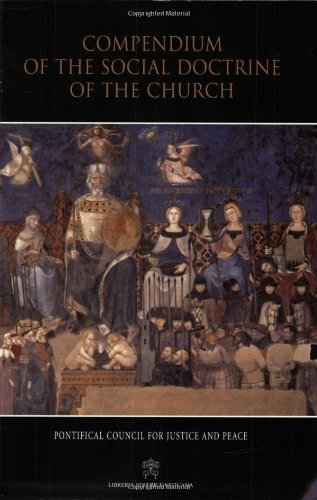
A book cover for Compendium of the Social Doctrine of the Church; Pontifical Council for Justice and Peace; Christian Books & Bibles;